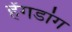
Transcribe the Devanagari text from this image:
हेंगडांग